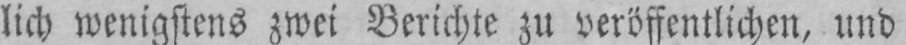
lich wenigstens zwei Berichte zu veröffentlichen, und